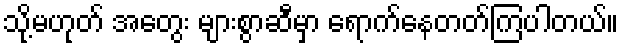
သို့မဟုတ် အတွေး များစွာဆီမှာ ရောက်နေတတ်ကြပါတယ်။